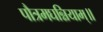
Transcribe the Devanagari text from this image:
पौत्रमघन्नियाम्॥